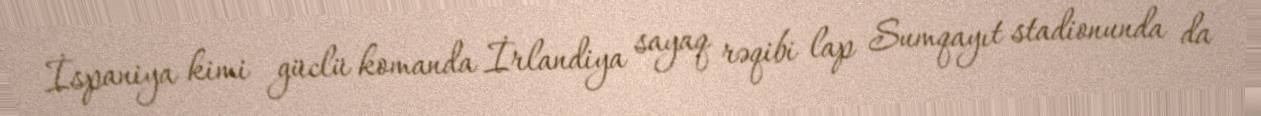
İspaniya kimi güclü komanda İrlandiya sayaq rəqibi lap Sumqayıt stadionunda da